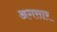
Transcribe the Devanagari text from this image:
अगसार